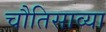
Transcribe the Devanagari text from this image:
चौतिसाव्या